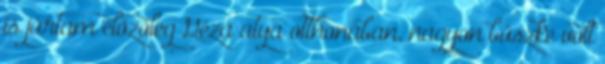
is jártam előzőleg Géza atya otthonában, nagyon büszke volt